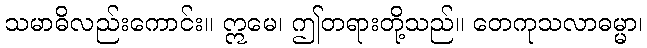
သမာဓိလည်းကောင်း။ ဣမေ၊ ဤတရားတို့သည်။ တေကုသလာဓမ္မာ၊